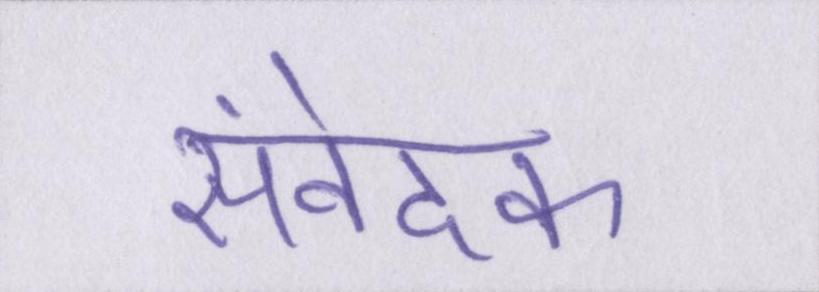
संवेदक